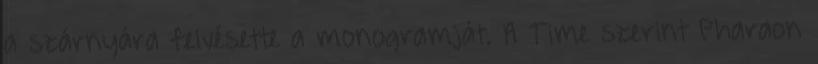
a szárnyára felvésette a monogramját. A Time szerint Pharaon